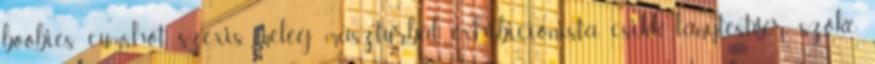
boobies, cumshot, szexis, meleg maszturbál, exhibicionista, csikk, lánytestvér, szőke,